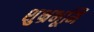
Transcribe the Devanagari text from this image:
शुभ्रभूमि